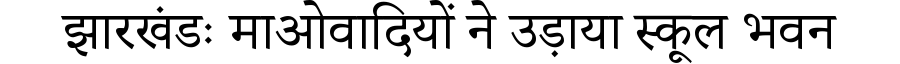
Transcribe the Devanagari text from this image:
झारखंडः माओवादियों ने उड़ाया स्कूल भवन